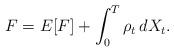
LaTeX: \begin{align*}F = E[F]+ \int_0^T \rho_t\,dX_t.\end{align*}